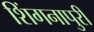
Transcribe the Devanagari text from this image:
शिंगनापुरी